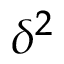
\delta ^ { 2 }